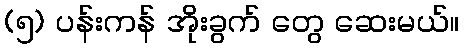
(၅) ပန်းကန် အိုးခွက် တွေ ဆေးမယ်။